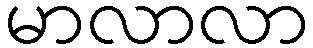
မာလာလာ